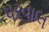
પરવાલ